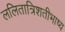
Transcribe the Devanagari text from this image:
ललितात्रिशतीभाष्य